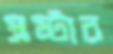
স্রষ্টার